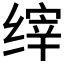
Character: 𰬴